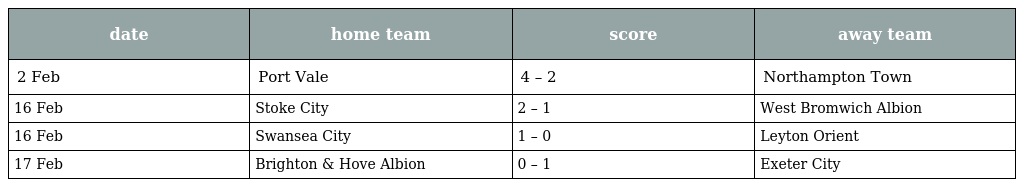
| date | home team | score | away team |
 | --- | --- | --- | --- |
 | 2 Feb | Port Vale | 4 – 2 | Northampton Town |
 | 16 Feb | Stoke City | 2 – 1 | West Bromwich Albion |
 | 16 Feb | Swansea City | 1 – 0 | Leyton Orient |
 | 17 Feb | Brighton & Hove Albion | 0 – 1 | Exeter City |